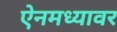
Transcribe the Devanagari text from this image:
ऐनमध्यावर